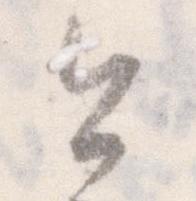
今